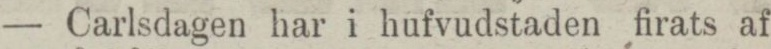
— Carlsdagen har i hufvudstaden firats af